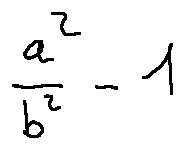
\frac { a ^ { 2 } } { b ^ { 2 } } - 1